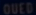
OUEB